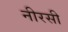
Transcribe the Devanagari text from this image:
नीरसी